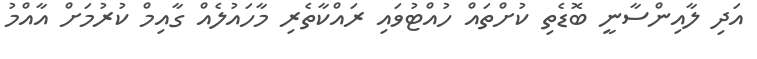
އަދި ލާއިންސާނީ ބޮޑެތި ކުށްތައް ހުއްޓުވައި ރައްކާތެރި މާހައުލެއް ގާއިމް ކުރުމަށް އާއްމު